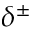
\delta ^ { \pm }